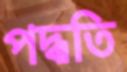
পদ্ধতি